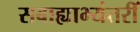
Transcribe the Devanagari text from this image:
सबाह्याभ्यंतरीं